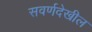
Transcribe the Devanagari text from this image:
सवर्णदेखील